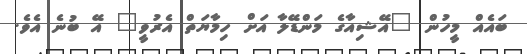
ބައެއް މީހުން "އޭޝިއާގެ މަންޑޭލާ އަށް ހިމާޔަތް އެރުވީ" އޭ ބުނެ އެވެ.